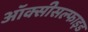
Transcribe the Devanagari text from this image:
ऑक्सीसल्फाइड